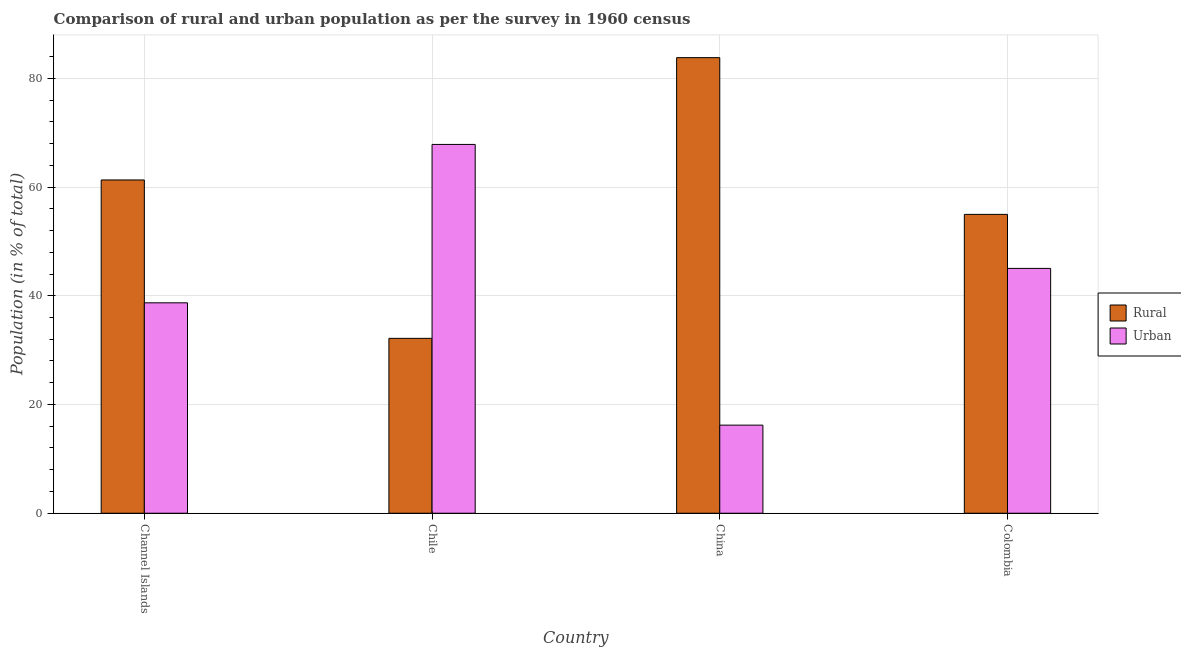
| Country | Rural | Urban |
 | --- | --- | --- |
 | Channel Islands | 61.3 | 38.7 |
 | Chile | 32.2 | 67.8 |
 | China | 83.8 | 16.2 |
 | Colombia | 55 | 45 |